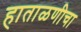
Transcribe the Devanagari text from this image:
हाताळणीचा